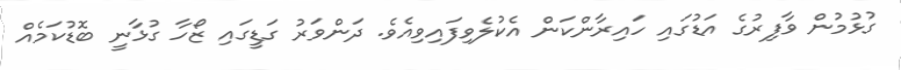
ގުޅުމުން ވާފިރުގެ އަޑުގައި ހައިރާންކަން އެކުލެވިފައިވިއެވެ. ދަންވަރު ގަޑީގައި ޒޯހާ ގުޅާނީ ބޮޑުކަމެއް